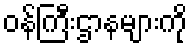
ဝန်ကြီးဌာနများကို